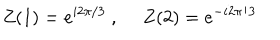
Z ( 1 ) = e ^ { i 2 \pi / 3 } \ , \ Z ( 2 ) = e ^ { - i 2 \pi / 3 }